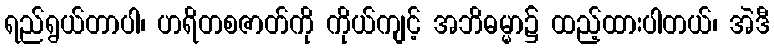
ရည်ရွယ်တာပါ၊ ဟရိတစဇာတ်ကို ကိုယ်ကျင့် အဘိဓမ္မာ၌ ထည့်ထားပါတယ်၊ အဲဒီ